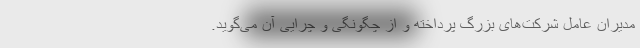
مدیران عامل شرکت‌های بزرگ پرداخته و از چگونگی و چرایی آن می‌گوید.